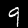
Label: 9